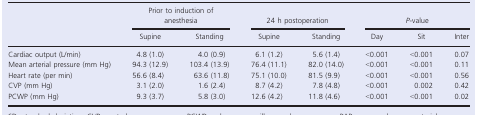
| <ROWSPAN=2>  | <COLSPAN=2> Prior to induction of anesthesia | <COLSPAN=2> 24 h postoperation | <COLSPAN=3> P‐value |
 | Supine | Standing | Supine | Standing | Day | Sit | Inter |
 | --- | --- | --- | --- | --- | --- | --- | --- |
 | Cardiac output (L/min) | 4.8 (1.0) | 4.0 (0.9) | 6.1 (1.2) | 5.6 (1.4) | <0.001 | <0.001 | 0.07 |
 | Mean arterial pressure (mm Hg) | 94.3 (12.9) | 103.4 (13.9) | 76.4 (11.1) | 82.0 (14.0) | <0.001 | <0.001 | 0.11 |
 | Heart rate (per min) | 56.6 (8.4) | 63.6 (11.8) | 75.1 (10.0) | 81.5 (9.9) | <0.001 | <0.001 | 0.56 |
 | CVP (mm Hg) | 3.1 (2.0) | 1.6 (2.4) | 8.7 (4.2) | 7.8 (4.8) | <0.001 | 0.002 | 0.42 |
 | PCWP (mm Hg) | 9.3 (3.7) | 5.8 (3.0) | 12.6 (4.2) | 11.8 (4.6) | <0.001 | <0.001 | 0.02 |